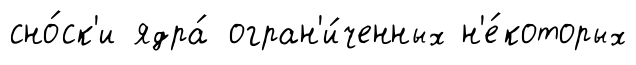
сно́ск'и ядра́ огран'и́ченных н'е́которых